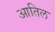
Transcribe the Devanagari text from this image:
आतिल